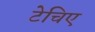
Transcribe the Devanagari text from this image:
टेचिए